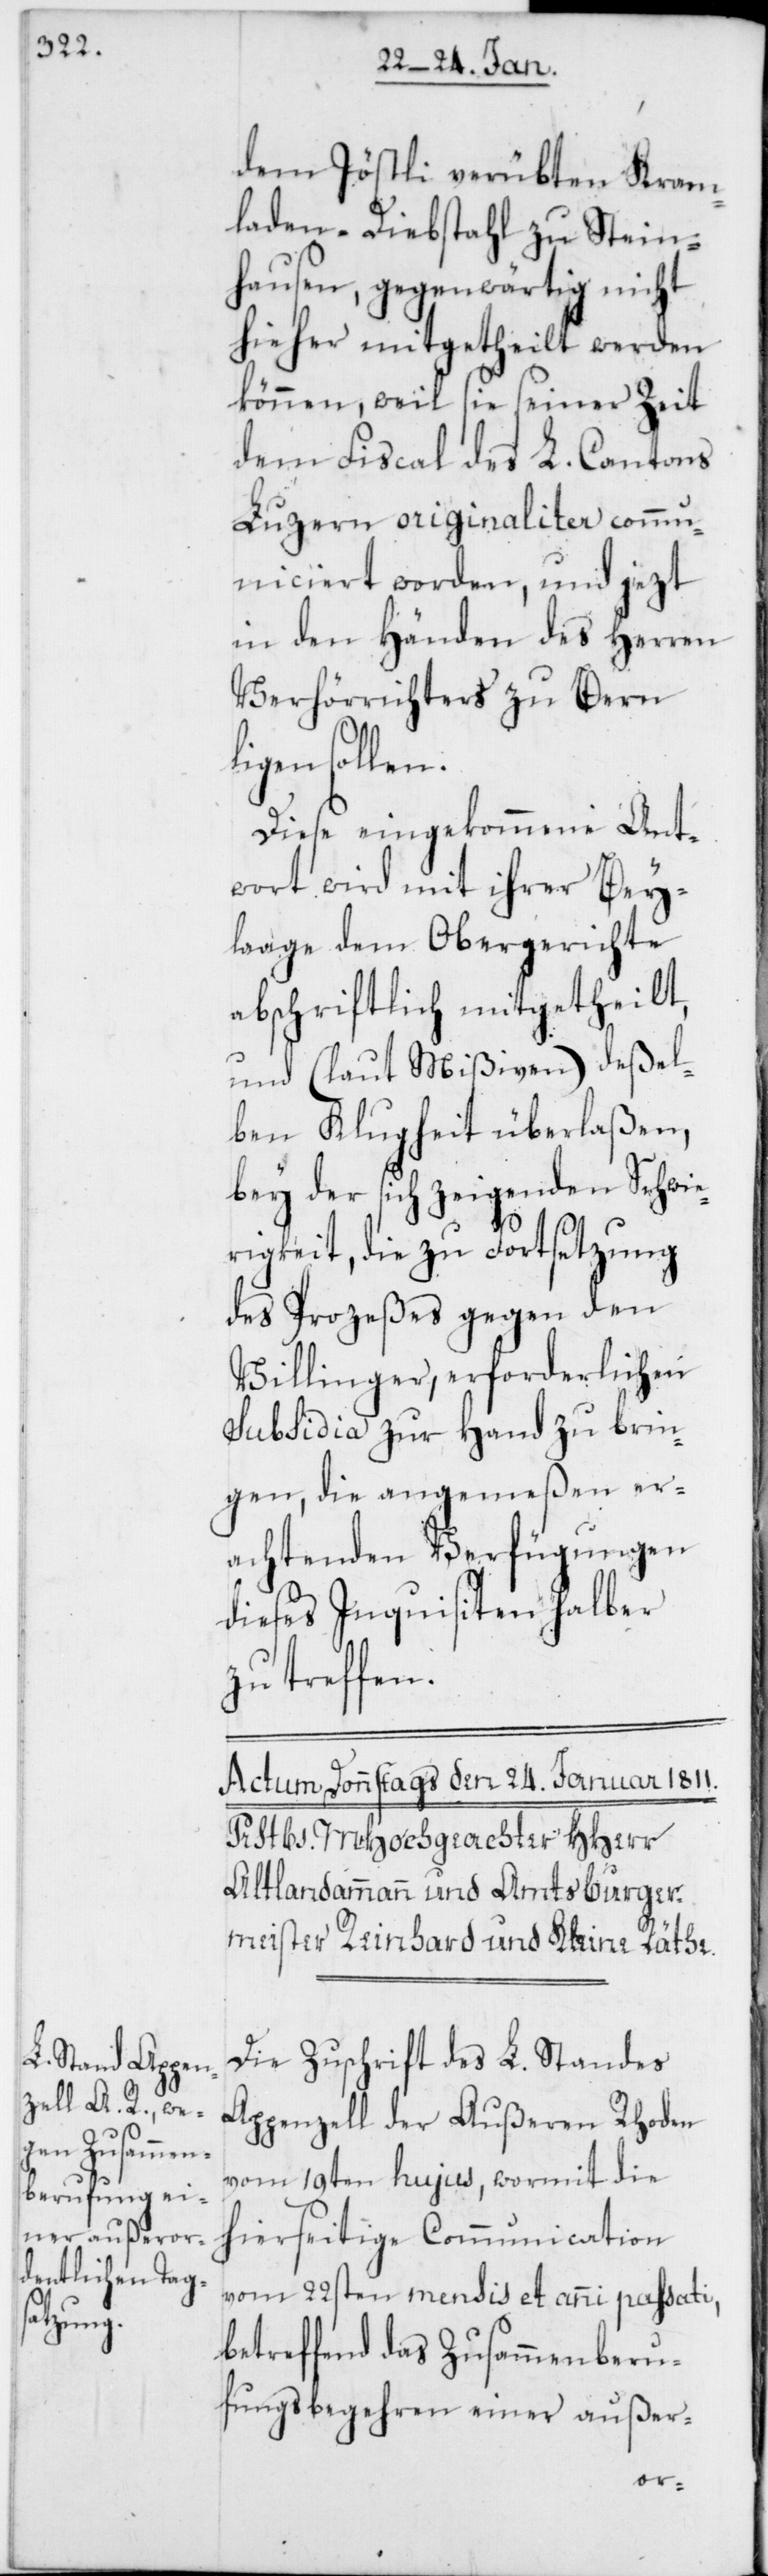
dem Jöstli verübten Kram¬
laden-Diebstahl zu Stein¬
hausen, gegenwärtig nicht
hieher mitgetheilt werden
können, weil sie seiner Zeit
dem Fiscal des L. Cantons
Luzern originaliter comm¬
uniciert worden, und jezt
in den Händen des Herren
Verhörrichters zu Bern
ligen sollen.
Diese eingekommene Ant¬
wort wird mit ihrer Bey¬
laage dem Obergerichte
abschriftlich mitgetheilt,
und (laut Mißiven) deßel¬
ben Klugheit überlaßen,
bey der sich zeigenden Schwie¬
rigkeit, die zu Fortsetzung
des Prozeßes gegen den
Villinger, erforderlichen
Subsidia zur Hand zu brin¬
gen, die angemeßen er¬
achtenden Verfügungen
dieses Inquisiten halber
zu treffen.
Die Zuschrift des L. Standes
Appenzell der Außeren Rhoden
vom 19ten hujus, wormit die
hierseitige Communication
vom 22sten mensis et anni passati,
betreffend das Zusammenberu¬
fungsbegehren einer außer-